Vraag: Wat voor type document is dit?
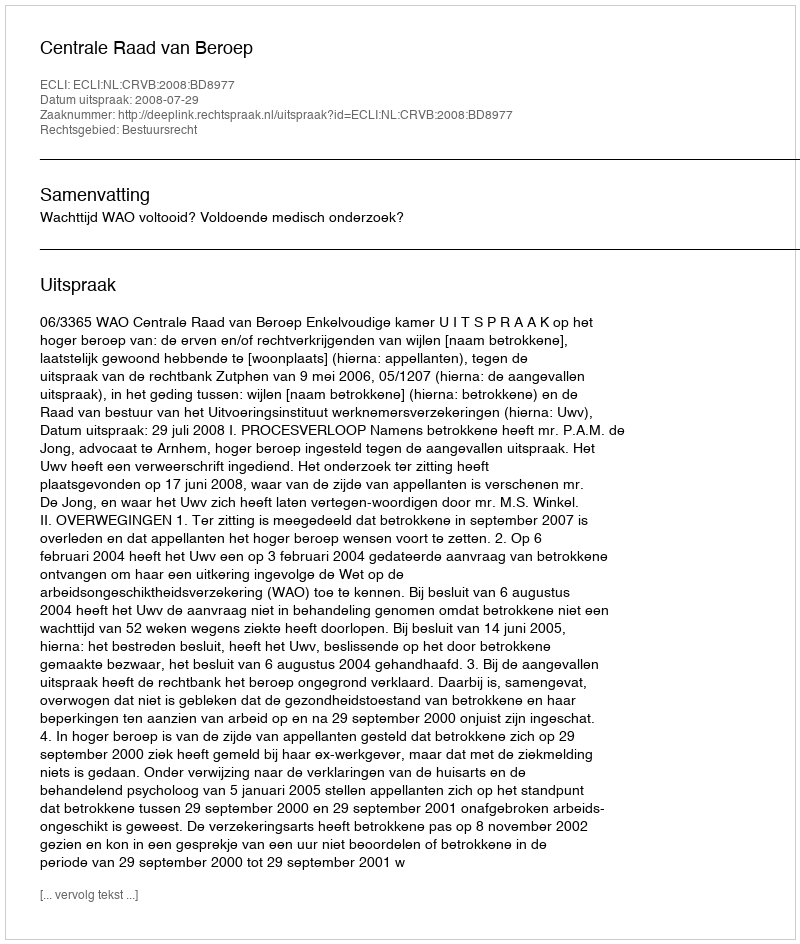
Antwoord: Uitspraak